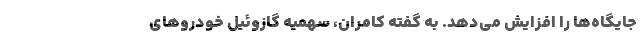
جایگاه‌ها را افزایش می‌دهد. به گفته کامران، سهمیه گازوئیل خودرو‌های